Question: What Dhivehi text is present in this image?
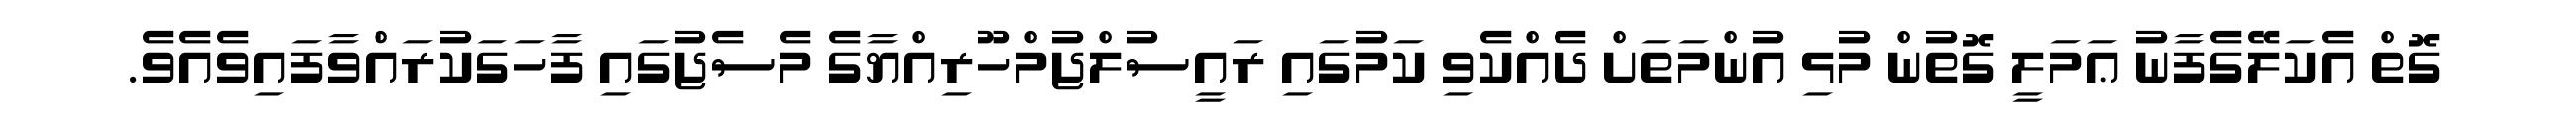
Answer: ގޮތް އެކަލޭގެފާނު ޢަމަލީ ގޮތުން މުޅި އުންމަތަށް ދެއްކެވި ކަމުގައި ރައީސުލްޖުމްހޫރިއްޔާގެ މެސެޖުގައި ފާހަގަކުރައްވާފައިވެއެވެ.